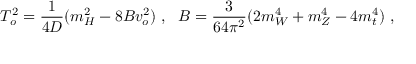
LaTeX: T _ { o } ^ { 2 } = { \frac { 1 } { 4 D } } ( m _ { H } ^ { 2 } - 8 B v _ { o } ^ { 2 } ) \ , \ \ B = { \frac { 3 } { 6 4 \pi ^ { 2 } } } ( 2 m _ { W } ^ { 4 } + m _ { Z } ^ { 4 } - 4 m _ { t } ^ { 4 } ) \ ,